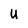
Character: U